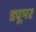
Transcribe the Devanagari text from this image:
ड्यूमर